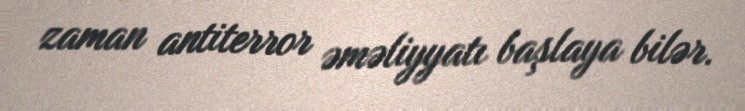
zaman antiterror əməliyyatı başlaya bilər.